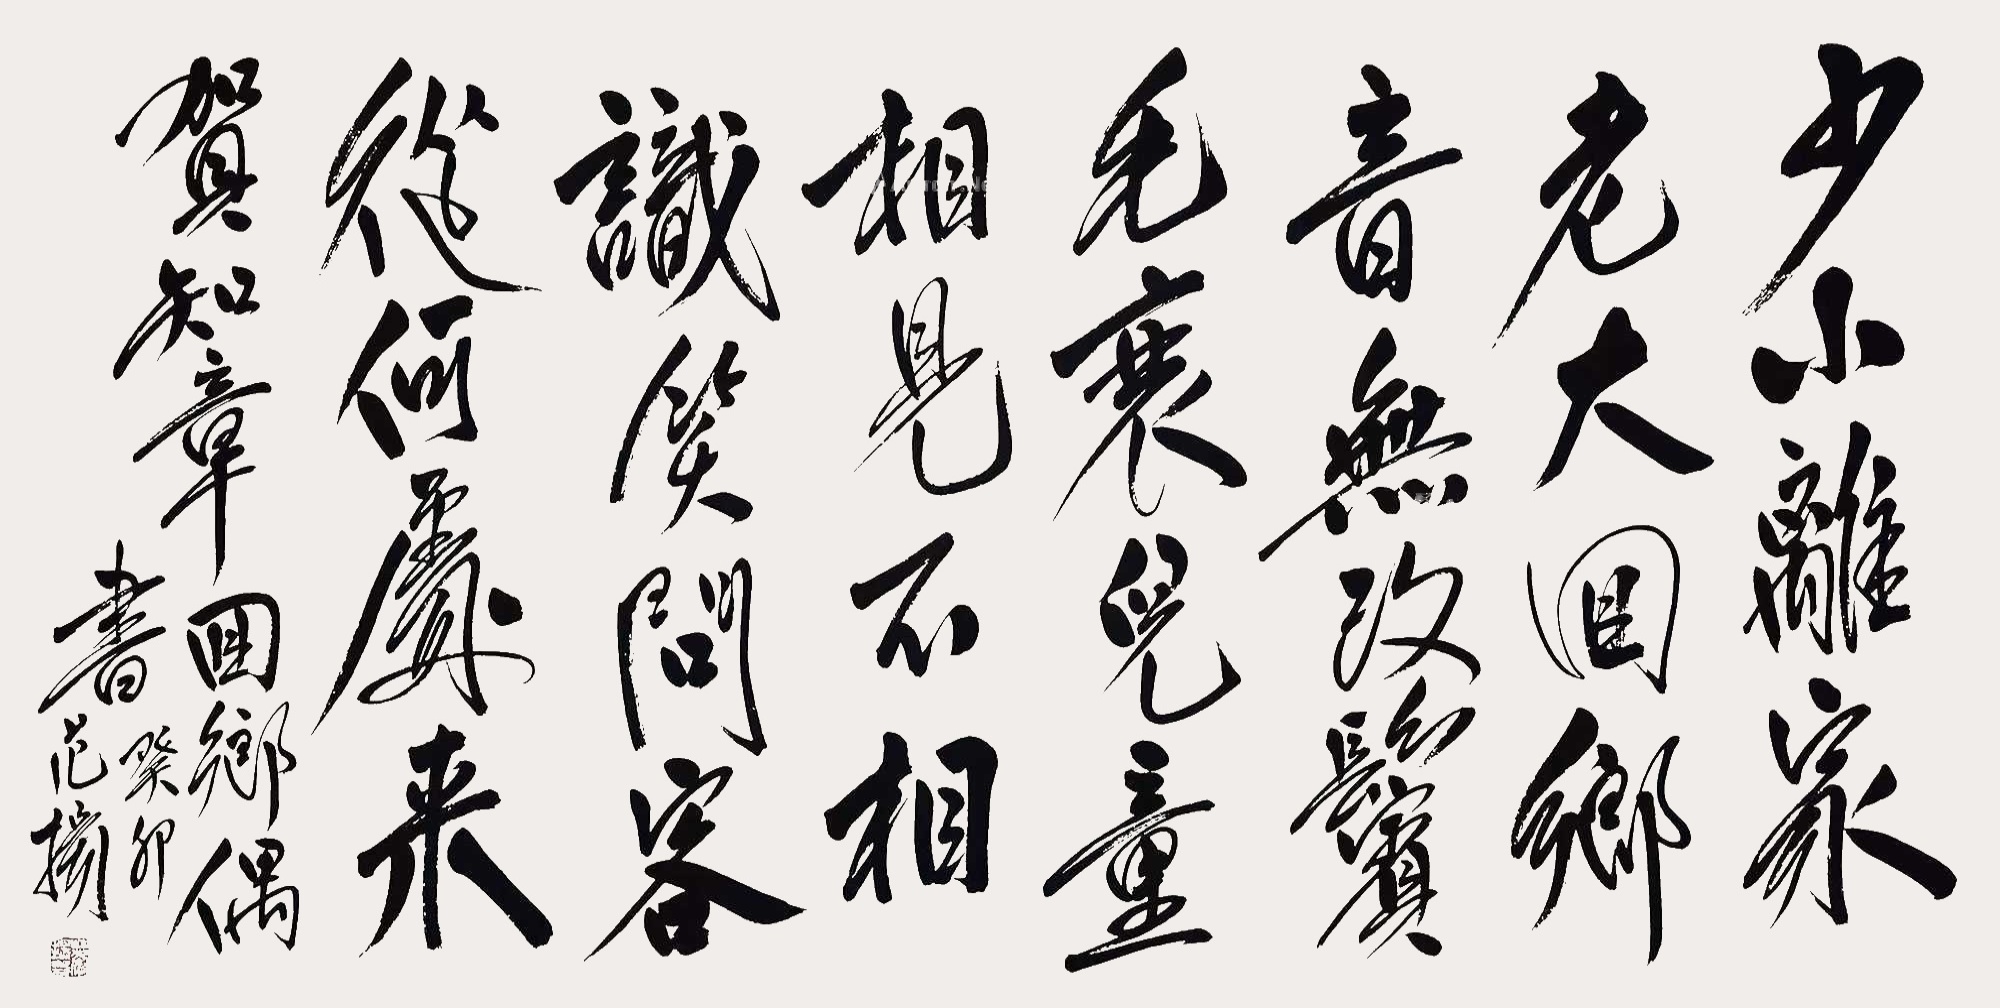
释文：少小离家老大回，乡音无改鬓毛衰。儿童相见不相识，笑问客从何处来。贺知章回乡偶书癸卯范扬